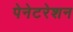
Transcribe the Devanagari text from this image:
पेनेटरेशन